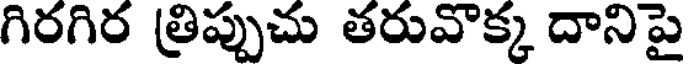
గిరగిర త్రిప్పుచు తరువొక్క దానిపై